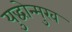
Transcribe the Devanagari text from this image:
युद्धोन्मुख